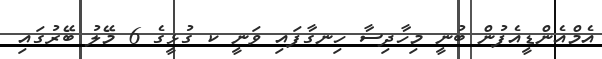
އެމްއެންޑީއެފުން ބުނީ މިހާދިސާ ހިނގާފައި ވަނީ ކ ގުޅީގެ 6 މޭލު ބޭރުގައި